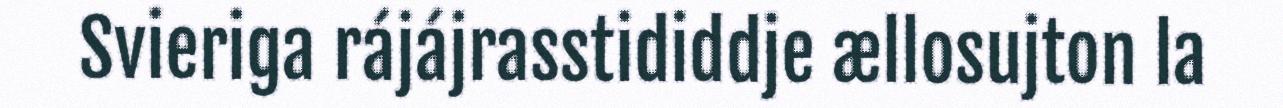
Svieriga rájájrasstididdje ællosujton la